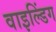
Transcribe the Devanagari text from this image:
वाइल्डिंग